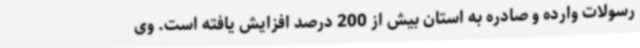
رسولات وارده و صادره به استان بیش از 200 درصد افزایش یافته است. وی